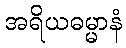
အရိယဓမ္မာနံ